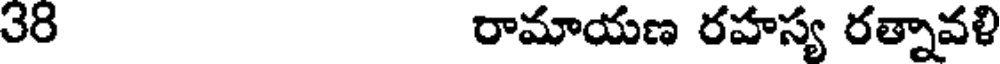
38 రామాయణ రహస్య రత్నావళి